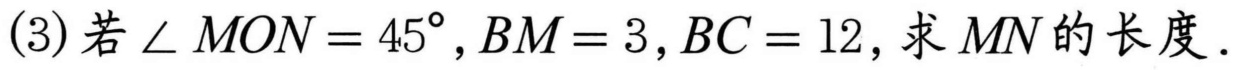
(3) 若\(\angle MON = 45^{\circ}, BM = 3, BC = 12\)，求\(MN\)的长度.